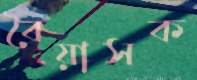
বৈয়াসক